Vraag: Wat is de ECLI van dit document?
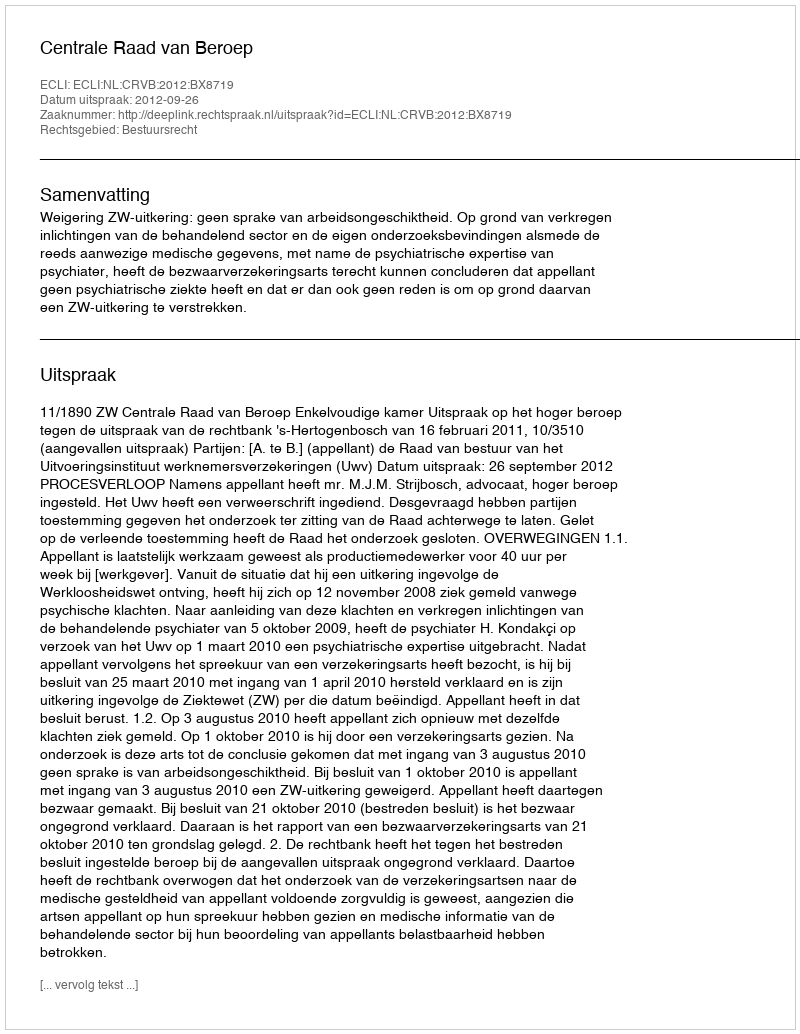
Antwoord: ECLI:NL:CRVB:2012:BX8719